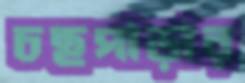
চছপাড়ার